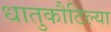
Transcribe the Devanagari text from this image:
धातुकौटिल्या